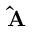
\mathbf { \hat { A } } _ { }